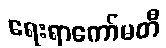
ရေးရာကော်မတီ